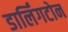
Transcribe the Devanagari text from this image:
डार्लिंगटोन